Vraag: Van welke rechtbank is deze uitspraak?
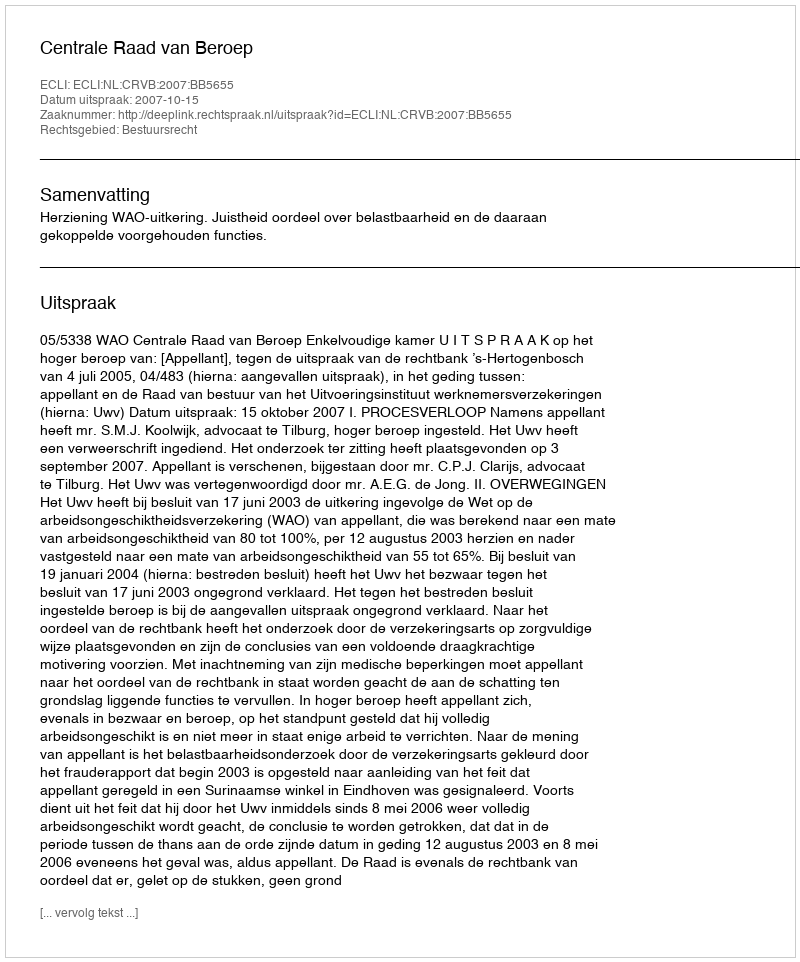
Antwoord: Centrale Raad van Beroep